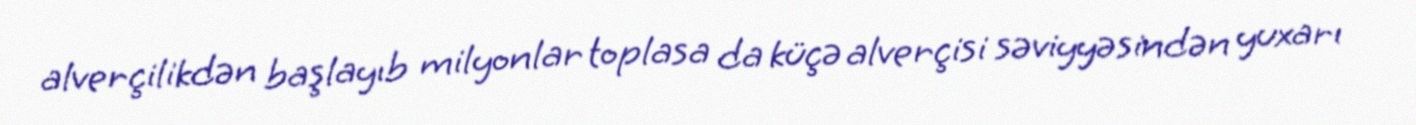
alverçilikdən başlayıb milyonlar toplasa da küçə alverçisi səviyyəsindən yuxarı